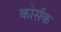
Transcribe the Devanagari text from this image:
कोसॅक